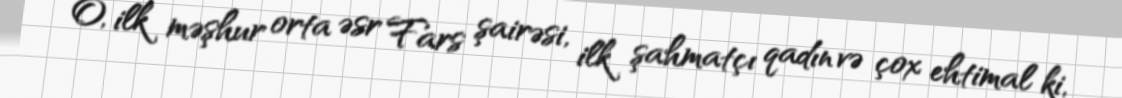
O, ilk məşhur orta əsr Fars şairəsi, ilk şahmatçı qadın və çox ehtimal ki,